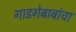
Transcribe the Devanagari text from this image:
गाडगेबाबांचा